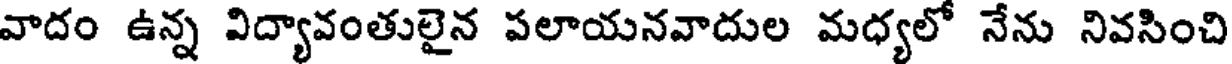
వాదం ఉన్న విద్యావంతులైన పలాయనవాదుల మధ్యలో నేను నివసించి